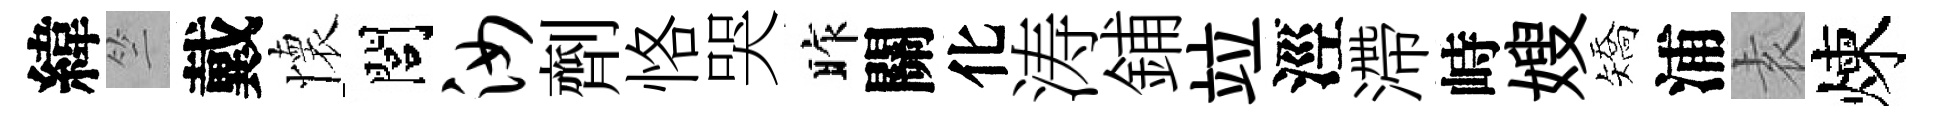
緯竺戴懷閭汝劑恪哭昨關化涛鋪竝涇滯峙嫂矯浦𡊮煉